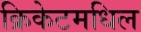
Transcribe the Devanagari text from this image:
क्रिकेटमधिल